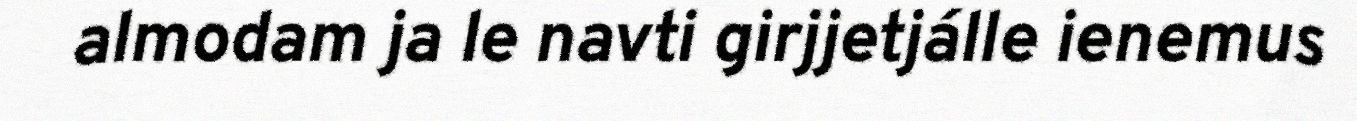
almodam ja le navti girjjetjálle ienemus